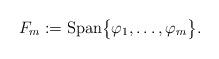
LaTeX: \begin{align*}F_m:=\mathrm{Span}\big\{\varphi_1,\dots,\varphi_m\big\}.\end{align*}